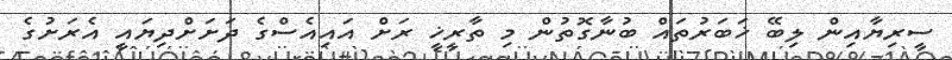
ސީރިޔާއިން ލިބޭ ޚަބަރުތައް ބުނާގޮތުން މި ތާރީޚީ ރަށް އައިއެސްގެ ދަށަށްދިޔައީ އެރަށުގެ